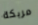
مربكة